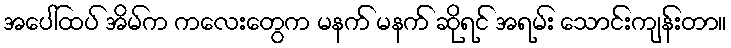
အပေါ်ထပ် အိမ်က ကလေးတွေက မနက် မနက် ဆိုရင် အရမ်း သောင်းကျန်းတာ။